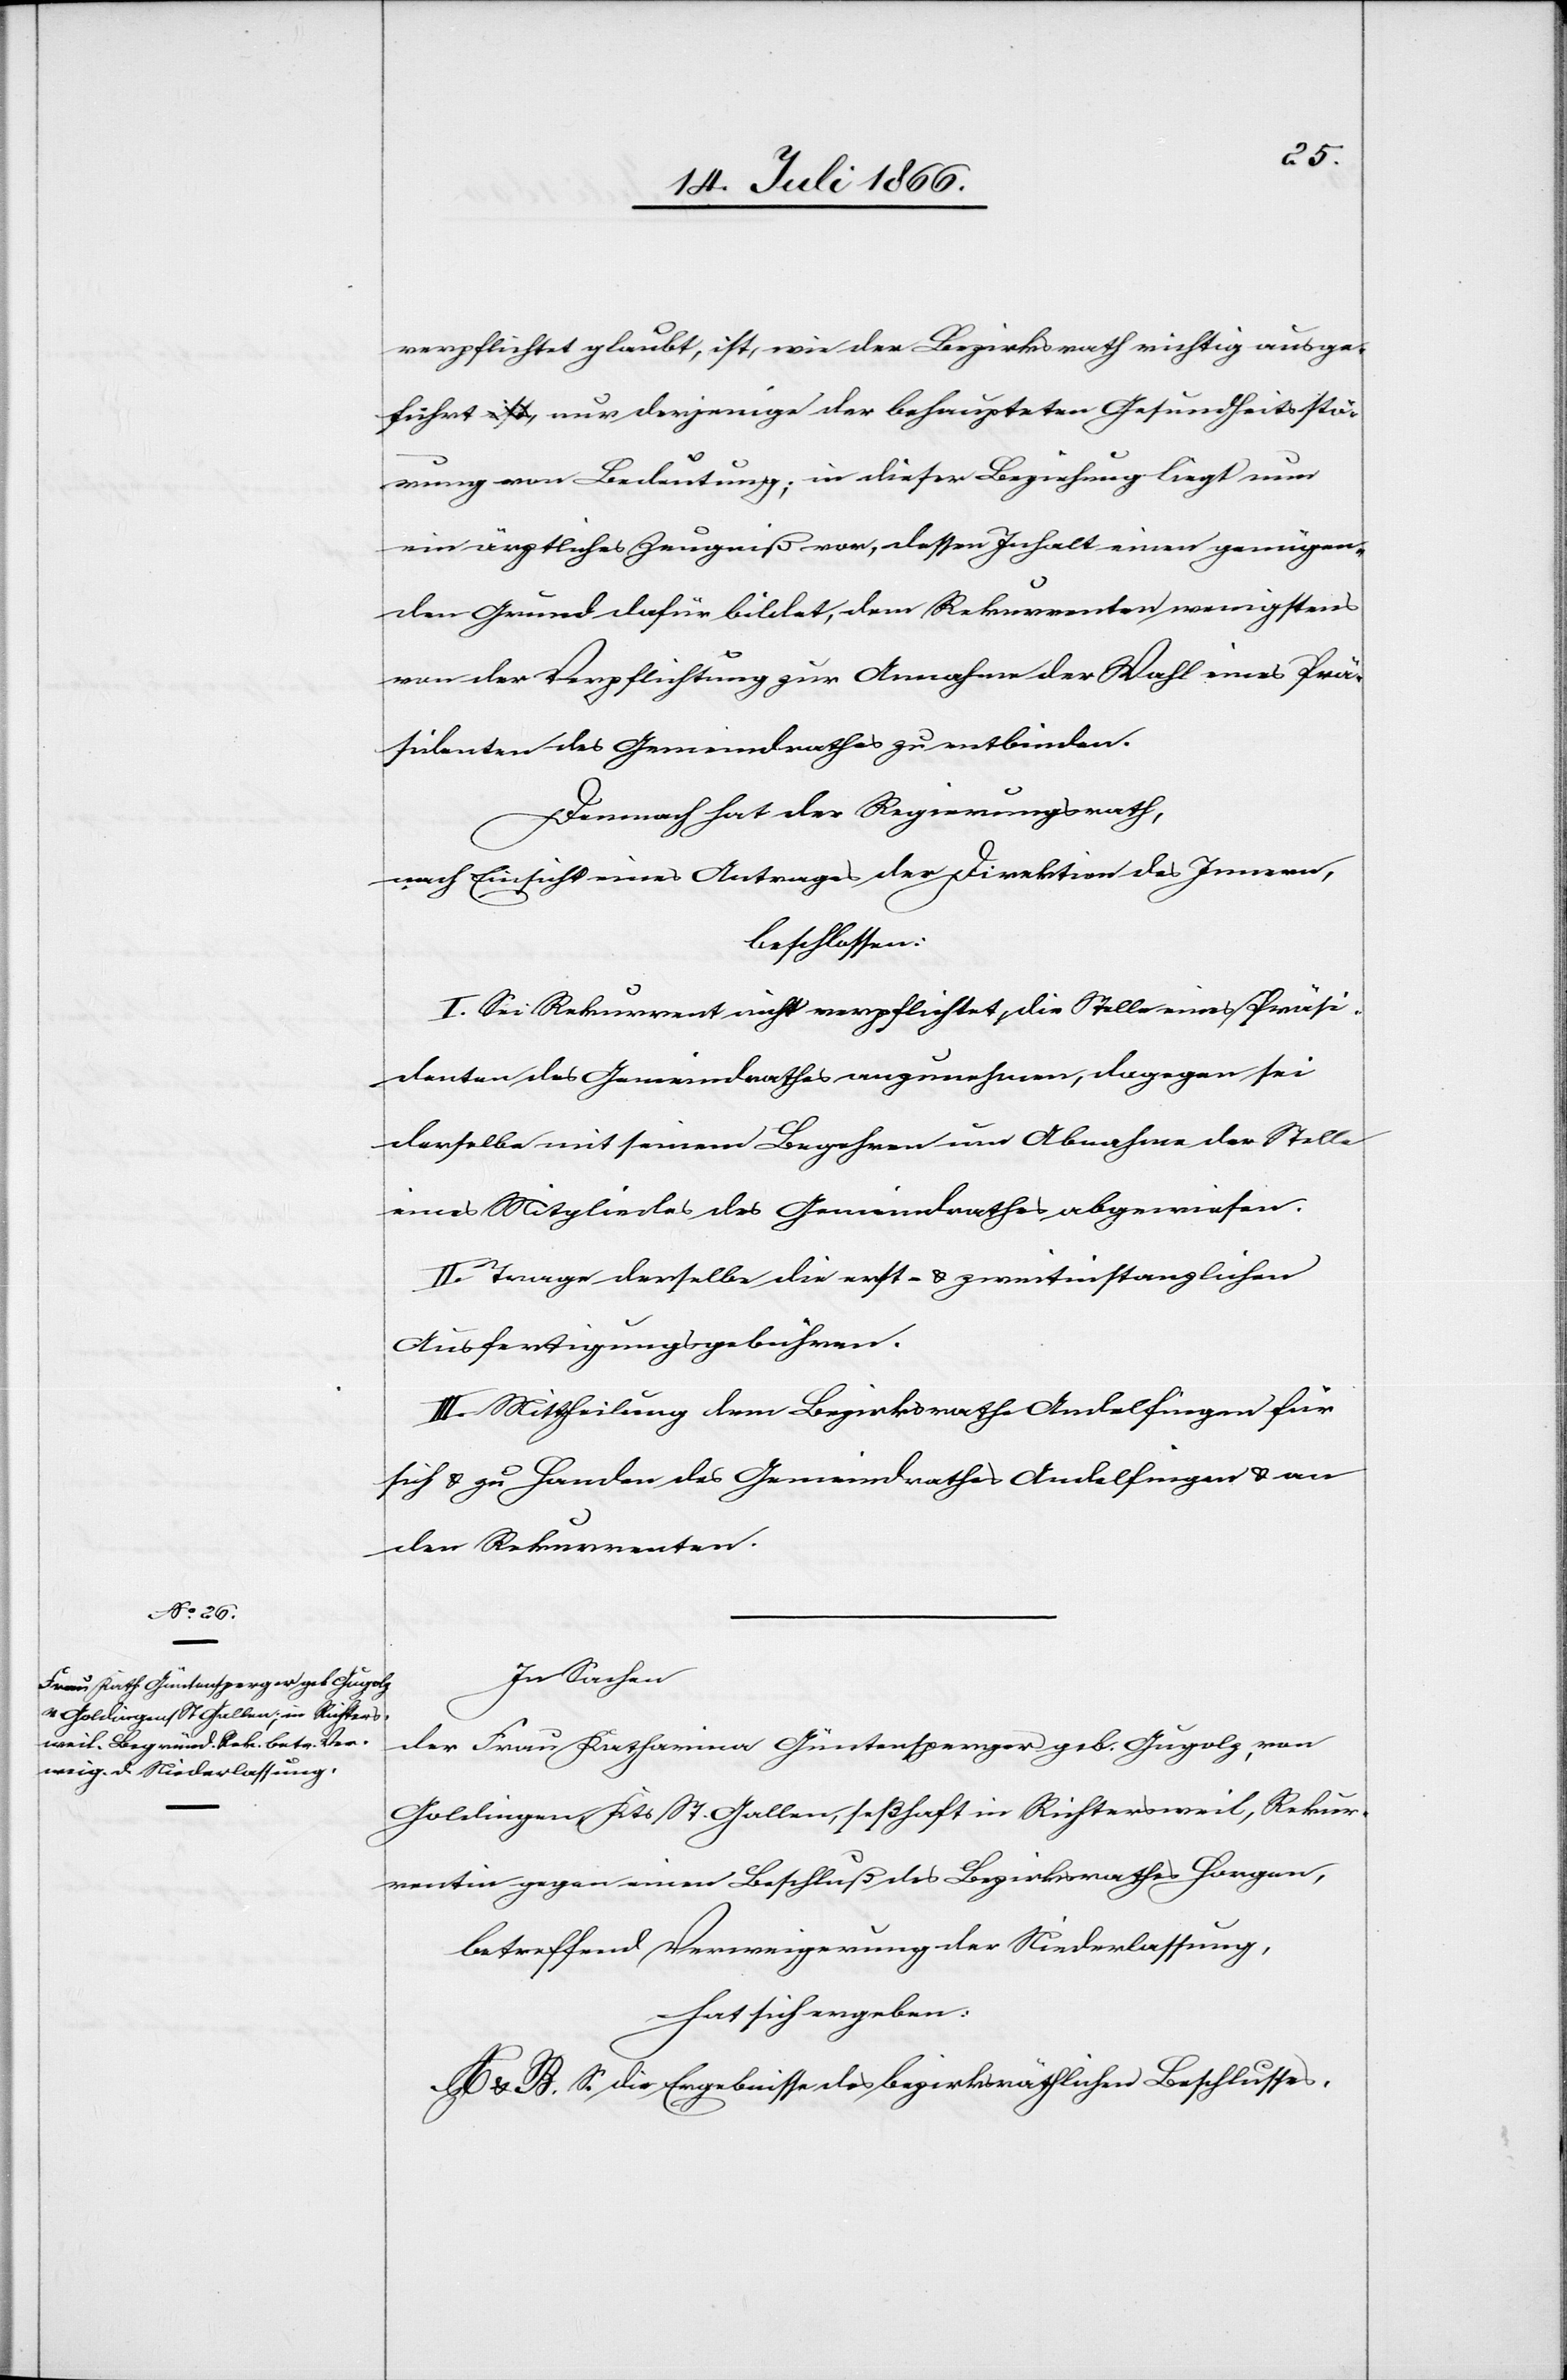
verpflichtet glaubt, ist, wie der Bezirksrath richtig ausge¬
führt, nur derjenige der behaupteten Gesundheitsstö¬
rung von Bedeutung; in dieser Beziehung liegt nun
ein ärztliches Zeugniß vor, dessen Inhalt einen genügen¬
den Grund dafür bildet, dem [recte: den] Rekurrenten wenigstens
von der Verpflichtung zur Annahme der Wahl eines Prä¬
sidenten des Gemeindrathes zu entbinden.
Demnach hat der Regierungsrath,
nach Einsicht eines Antrages der Direktion des Innern,
beschlossen:
I. Sei Rekurrent nicht verpflichtet, die Stelle eines Präsi¬
denten des Gemeindrathes anzunehmen, dagegen sei
derselbe mit seinem Begehren um Abnahme der Stelle
eines Mitgliedes des Gemeindrathes abgewiesen.
II. Trage derselbe die erst- u. zweitinstanzlichen
Ausfertigungsgebühren.
III. Mittheilung dem Bezirksrathe Andelfingen für
sich u. zu Handen des Gemeindrathes Andelfingen u. an
den Rekurrenten.
In Sachen
der Frau Katharina Güntersperger geb. Gugolz, von
Goldingen, Kts. St Gallen, seßhaft in Richtersweil, Rekur¬
rentin gegen einen Beschluß des Bezirksrathes Horgen,
betreffend Verweigerung der Niederlassung,
hat sich ergeben:
A. u. B. S. die Ergebnisse des bezirksräthlichen Beschlusses.